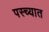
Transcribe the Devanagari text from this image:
पस्च्यात